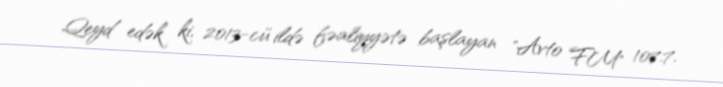
Qeyd edək ki, 2013-cü ildə fəaliyyətə başlayan "Avto FM" 107.7.